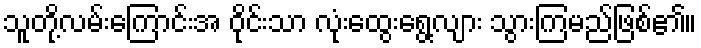
သူတို့လမ်းကြောင်းအ ဝိုင်းသာ လုံးထွေးရွေ့လျား သွားကြမည်ဖြစ်၏။